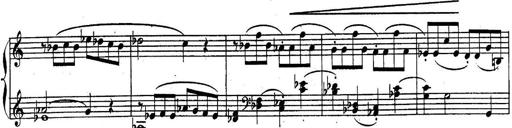
Title: Sonatina for Piano
Composer: BÃ©la BartÃ³k